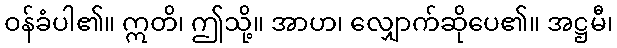
ဝန်ခံပါ၏။ ဣတိ၊ ဤသို့။ အာဟ၊ လျှောက်ဆိုပေ၏။ အဋ္ဌမီ၊